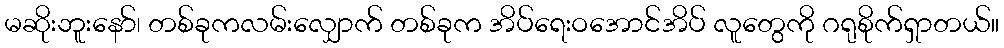
မဆိုးဘူးနော်၊ တစ်ခုကလမ်းလျှောက် တစ်ခုက အိပ်ရေးဝအောင်အိပ် လူတွေကို ဂရုစိုက်ရှာတယ်။